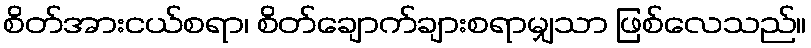
စိတ်အားငယ်စရာ၊ စိတ်ချောက်ချားစရာမျှသာ ဖြစ်လေသည်။